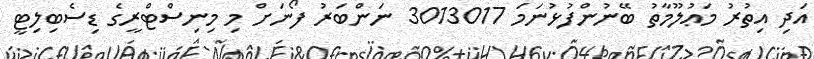
އަދި އިތުރު މަޢުލޫމާތު ބޭނުންފުޅުނަމަ 3013017 ނަންބަރު ފޯނަށް މި މިނިސްޓްރީގެ ޑިސެބިލިޓީ